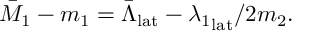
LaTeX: \bar { M } _ { 1 } - m _ { 1 } = \bar { \Lambda } _ { \mathrm { l a t } } - { \lambda _ { 1 } } _ { \mathrm { l a t } } / 2 m _ { 2 } .